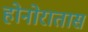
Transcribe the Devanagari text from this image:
होनोरातास